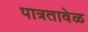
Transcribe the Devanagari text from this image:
पात्रतावेळ